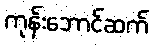
ကုန်းဘောင်ဆက်